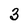
Character: 3